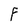
Character: F